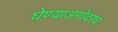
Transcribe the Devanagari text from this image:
घेण्याअगोदरच